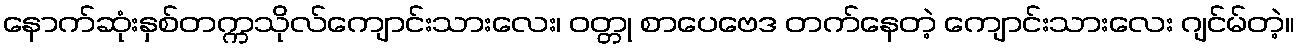
နောက်ဆုံးနှစ်တက္ကသိုလ်ကျောင်းသားလေး၊ ဝတ္တု စာပေဗေဒ တက်နေတဲ့ ကျောင်းသားလေး ဂျင်မ်တဲ့။